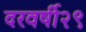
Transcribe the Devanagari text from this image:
दरवर्षी२९